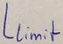
Text: Llimit